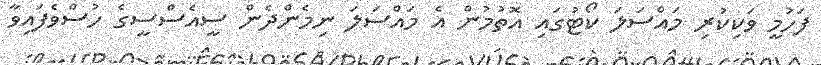
ފަހުމީ ވަކިކުރި މައްސަލަ ކޯޓުގައި އޮތުމުން އެ މައްސަލަ ނިމެންދެން ސީއެސްސީގެ ހުސްވެފައިވާ